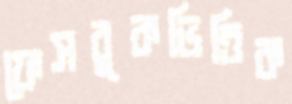
ফেসবুকভিত্তিক